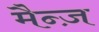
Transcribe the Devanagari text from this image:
मैन्ज़